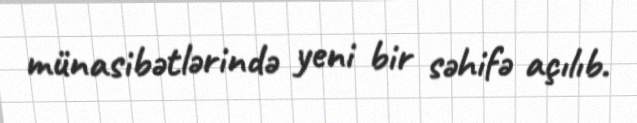
münasibətlərində yeni bir səhifə açılıb.